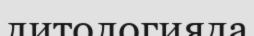
литологияда